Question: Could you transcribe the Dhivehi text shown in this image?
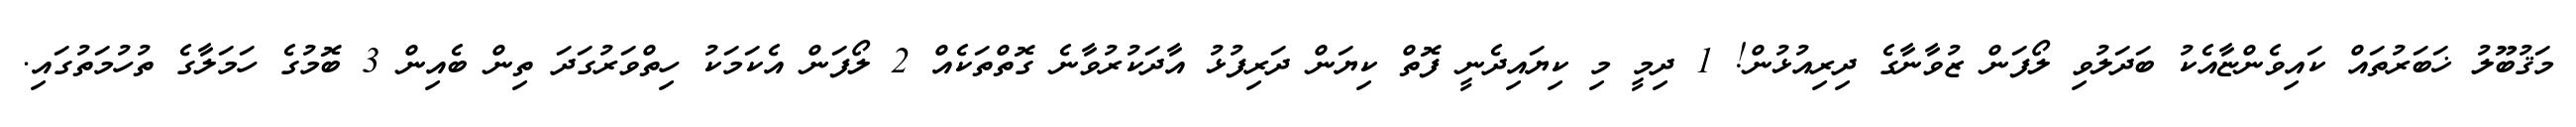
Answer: މަޤުބޫލު ޚަބަރުތައް ކައިވެންޏާއެކު ބަދަލުވި ލޯފަން ޒުވާނާގެ ދިރިއުޅުން! 1 ދިމީ މި ކިޔައިދެނީ ފޮތް ކިޔަން ދަރިފުޅު އާދަކުރުވާނެ ގޮތްތަކެއް 2 ލޯފަން އެކަމަކު ހިތްވަރުގަދަ ތިން ބެއިން 3 ބޮމުގެ ހަމަލާގެ ތުހުމަތުގައި.